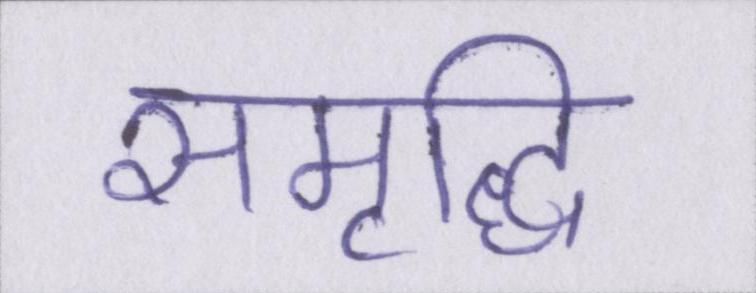
समृद्धि